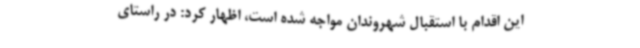
این اقدام با استقبال شهروندان مواجه شده است، اظهار کرد: در راستای